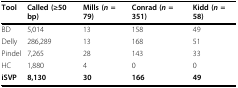
<table><thead><tr><td><b>Tool</b></td><td><b>Called (≥50 bp)</b></td><td><b>Mills (<i>n </i>= 79)</b></td><td><b>Conrad (<i>n </i>= 351)</b></td><td><b>Kidd (<i>n </i>= 58)</b></td></tr></thead><tbody><tr><td>BD</td><td>5,014</td><td>13</td><td>158</td><td>49</td></tr><tr><td>Delly</td><td>286,289</td><td>13</td><td>168</td><td>51</td></tr><tr><td>Pindel</td><td>7,265</td><td>28</td><td>143</td><td>33</td></tr><tr><td>HC</td><td>1,880</td><td>4</td><td>0</td><td>0</td></tr><tr><td><b>iSVP</b></td><td><b>8,130</b></td><td><b>30</b></td><td><b>166</b></td><td><b>49</b></td></tr></tbody></table>